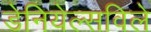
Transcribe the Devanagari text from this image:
डेनियेल्सविले